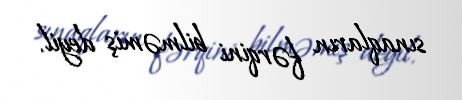
sınaqların fərqini bilməmiş deyil.